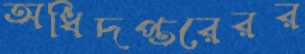
অধিদপ্তরেরর